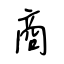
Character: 商